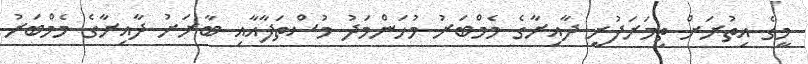
މީގެ އިތުރަށް ތިމަރަފުށީ ދާއިރާގެ މެމްބަރު މުހަންމަދު މުސްތަފާއާއި ބާރަށު ދާއިރާގެ މެމްބަރު